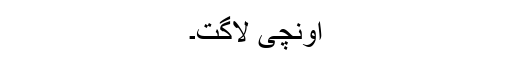
اونچی لاگت۔